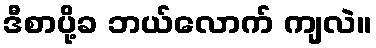
ဒီစာပို့ခ ဘယ်လောက် ကျလဲ။